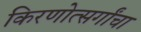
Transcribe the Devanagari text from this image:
किरणोत्सर्गांचा